Civil Veterinary Dept. Assam report 1927-50 - 1927-1950
Year: 1927
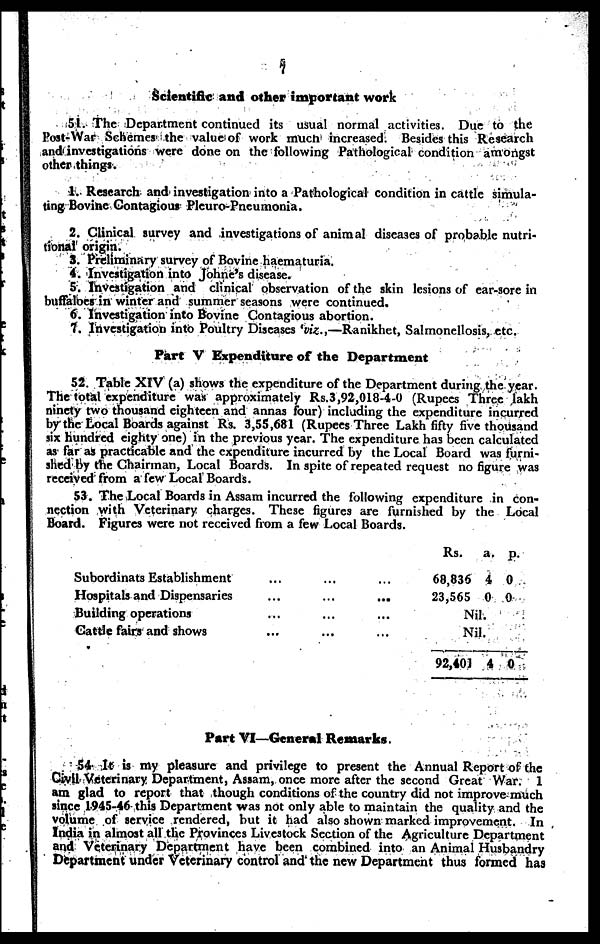
7
Scientific and other important work
51. The Department continued its usual normal activities. Due to the
Post-War Schemes the value of work much increased. Besides this Research
and investigations were done on the following Pathological condition amongst
other things.
1. Research and investigation into a Pathological condition in cattle simula-
ting Bovine Contagious Pleuro-Pneumonia.
2. Clinical survey and investigations of animal diseases of probable nutri-
tional origin.
3. Preliminary survey of Bovine haematuria.
4. Investigation into Johne's disease.
5. Investigation and clinical observation of the skin lesions of ear-sore in
buffaloes in winter and summer seasons were continued.
6. Investigation into Bovine Contagious abortion.
7. Investigation into Poultry Diseases 'viz.,—Ranikhet, Salmonellosis, etc.
Part V Expenditure of the Department
52. Table XIV (a) shows the expenditure of the Department during the year.
The total expenditure was approximately Rs.3,92,018-4-0 (Rupees Three lakh
ninety two thousand eighteen and annas four) including the expenditure incurred
by the Local Boards against Rs. 3,55,681 (Rupees Three Lakh fifty five thousand
six hundred eighty one) in the previous year. The expenditure has been calculated
as far as practicable and the expenditure incurred by the Local Board was furni-
shed by the Chairman, Local Boards. In spite of repeated request no figure was
received from a few Local Boards.
53. The Local Boards in Assam incurred the following expenditure in con-
nection with Veterinary charges. These figures are furnished by the Local
Board. Figures were not received from a few Local Boards.
Subordinats Establishment
Hospitals and Dispensaries
Building operations
Cattle fairs and shows
...
...
...
...
...
...
...
...
...
...
...
...
Rs.
a. p.
68,836 4 0
23,565 0 0
Nil.
Nil.
92,401 4 0
Part VI—General Remarks.
54 It is my pleasure and privilege to present the Annual Report of the
Civil Veterinary Department, Assam, once more after the second Great War. 1
am glad to report that though conditions of the country did not improve much
since 1945-46 this Department was not only able to maintain the quality and the
volume of service rendered, but it had also shown marked improvement. In
India in almost all the Provinces Livestock Section of the Agriculture Department
and Veterinary Department have been combined into an Animal Husbandry
Department under veterinary control and the new Department thus formed has